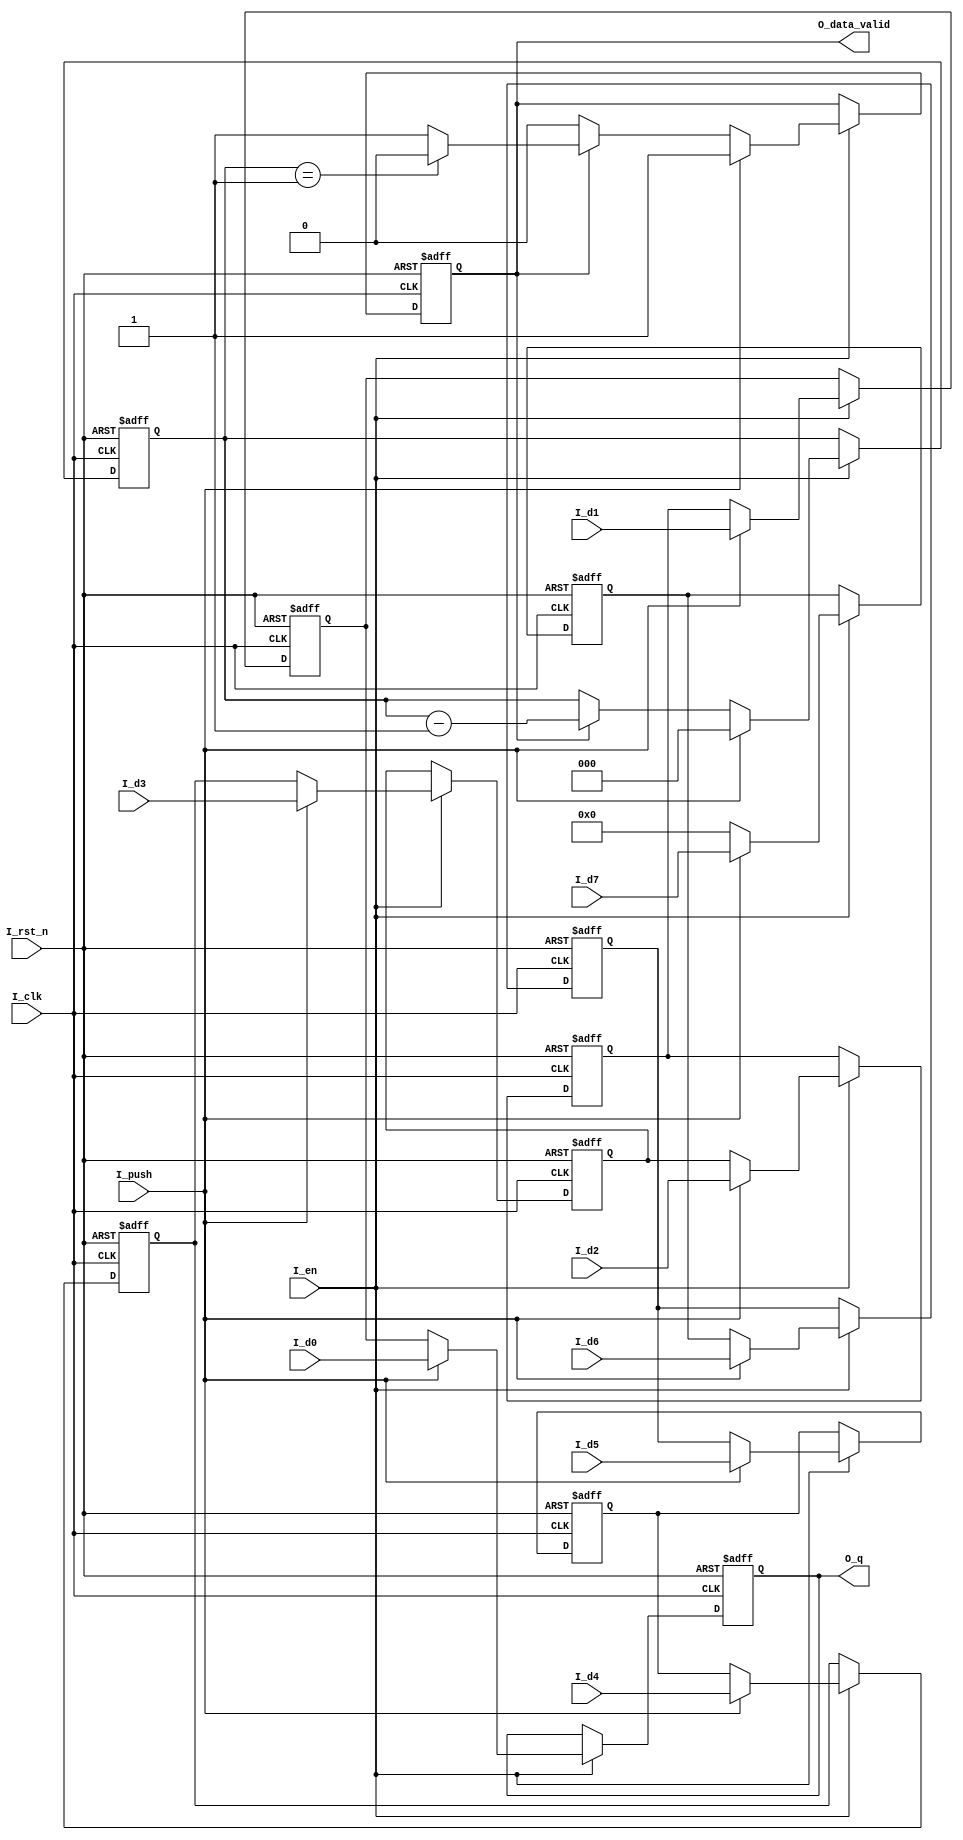
module Parallel2Series #(
    parameter DATA_WIDTH = 16
)(
    input I_clk,
    input I_rst_n,
    input I_en,
    input I_push,
    input [DATA_WIDTH-1:0] I_d0,
    input [DATA_WIDTH-1:0] I_d1,
    input [DATA_WIDTH-1:0] I_d2,
    input [DATA_WIDTH-1:0] I_d3,
    input [DATA_WIDTH-1:0] I_d4,
    input [DATA_WIDTH-1:0] I_d5,
    input [DATA_WIDTH-1:0] I_d6,
    input [DATA_WIDTH-1:0] I_d7,
    output [DATA_WIDTH-1:0] O_q,
    output reg O_data_valid
);

reg[DATA_WIDTH-1:0] d[0:7];
integer i;
always @(posedge I_clk or negedge I_rst_n) begin
    if (!I_rst_n) begin
        for (i=0; i<8; i=i+1) begin
            d[i] <= 0;
        end   
    end else if (I_en) begin
        if (I_push) begin
            d[0] <= I_d0;
            d[1] <= I_d1;
            d[2] <= I_d2;
            d[3] <= I_d3;
            d[4] <= I_d4;
            d[5] <= I_d5;
            d[6] <= I_d6;
            d[7] <= I_d7;
        end else begin
            for (i=0; i<7; i=i+1) begin
                d[i] <= d[i+1];
            end
            d[7] <= 0;
        end
    end
end

reg[2:0] data_left;
always @(posedge I_clk or negedge I_rst_n) begin
    if (!I_rst_n) begin
        data_left <= 0;
        O_data_valid <= 0;
    end else if (I_en) begin
        if (I_push) begin
            O_data_valid <= 1'd1;
            data_left <= 3'd0;
        end else begin
            if (O_data_valid) begin
                data_left <= data_left - 3'd1;
                if (data_left == 3'd1) O_data_valid <= 1'd0;
            end
        end
    end
end

assign O_q = d[0];

endmodule